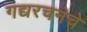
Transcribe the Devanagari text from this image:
गद्यरचनेचे